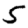
Digit: 5